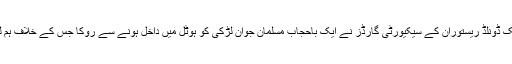
مظاہرین کا کہنا تھا کہ مک ڈونلڈ ریستوران کے سیکیورٹی گارڈز نے ایک باحجاب مسلمان جوان لڑکی کو ہوٹل میں داخل ہونے سے روکا جس کے خلاف ہم لوگ مظاہرہ کر رہے ہیں۔